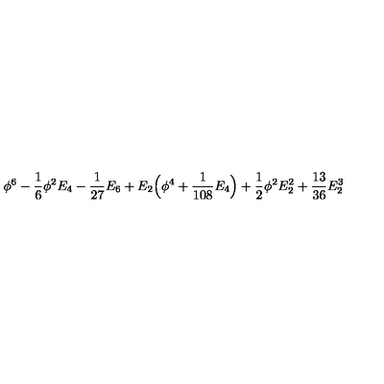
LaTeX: \phi ^ { 6 } - { \frac { 1 } { 6 } } \phi ^ { 2 } E _ { 4 } - { \frac { 1 } { 2 7 } } E _ { 6 } + E _ { 2 } \Big ( \phi ^ { 4 } + { \frac { 1 } { 1 0 8 } } E _ { 4 } \Big ) + { \frac { 1 } { 2 } } \phi ^ { 2 } E _ { 2 } ^ { 2 } + { \frac { 1 3 } { 3 6 } } E _ { 2 } ^ { 3 }